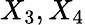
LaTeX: X_{3},X_{4}